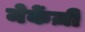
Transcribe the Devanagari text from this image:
मेकेंज़ी